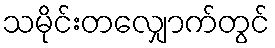
သမိုင်းတလျှောက်တွင်